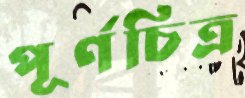
পূর্ণচিত্র